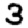
Digit: 3